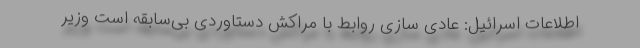
اطلاعات اسرائیل: عادی سازی روابط با مراکش دستاوردی بی‌سابقه است وزیر